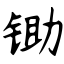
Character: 锄